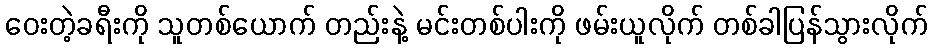
ဝေးတဲ့ခရီးကို သူတစ်ယောက် တည်းနဲ့ မင်းတစ်ပါးကို ဖမ်းယူလိုက် တစ်ခါပြန်သွားလိုက်